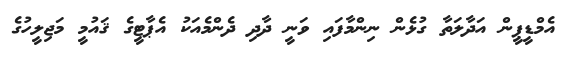
އެމްޑީޕީން އަދާލަތާ ގުޅެން ނިންމާފައި ވަނީ ދާދި ދެންމެއަކު އެޕާޓީގެ ޤައުމީ މަޖިލީހުގެ